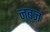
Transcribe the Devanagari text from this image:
नब़्ज